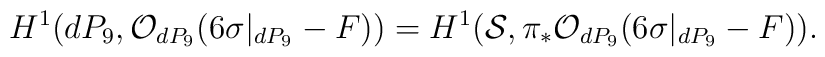
H^{1}(dP_9, {\cal O}_{dP_9}(6 \sigma|_{dP_9} -F))=H^{1} ({\cal S}, \pi_{*}{\cal O}_{dP_9}(6\sigma|_{dP_9} -F)).